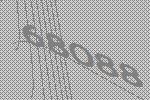
68088